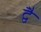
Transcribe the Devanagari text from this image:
द्वेै